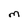
Character: M